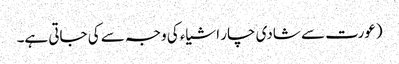
(عورت سے شادی چار اشیاء کی وجہ سے کی جاتی ہے۔